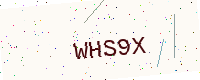
Text: WHS9X